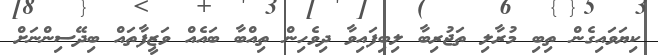
ކިޔަވައިގެން ތިބި މުރާލި ތަޖުރިބާ ލިބިފައިވާ ދިވެހިން ތިއްބާ ބައެއް ވަޒީފާތައް ބިދޭސިންނަށް